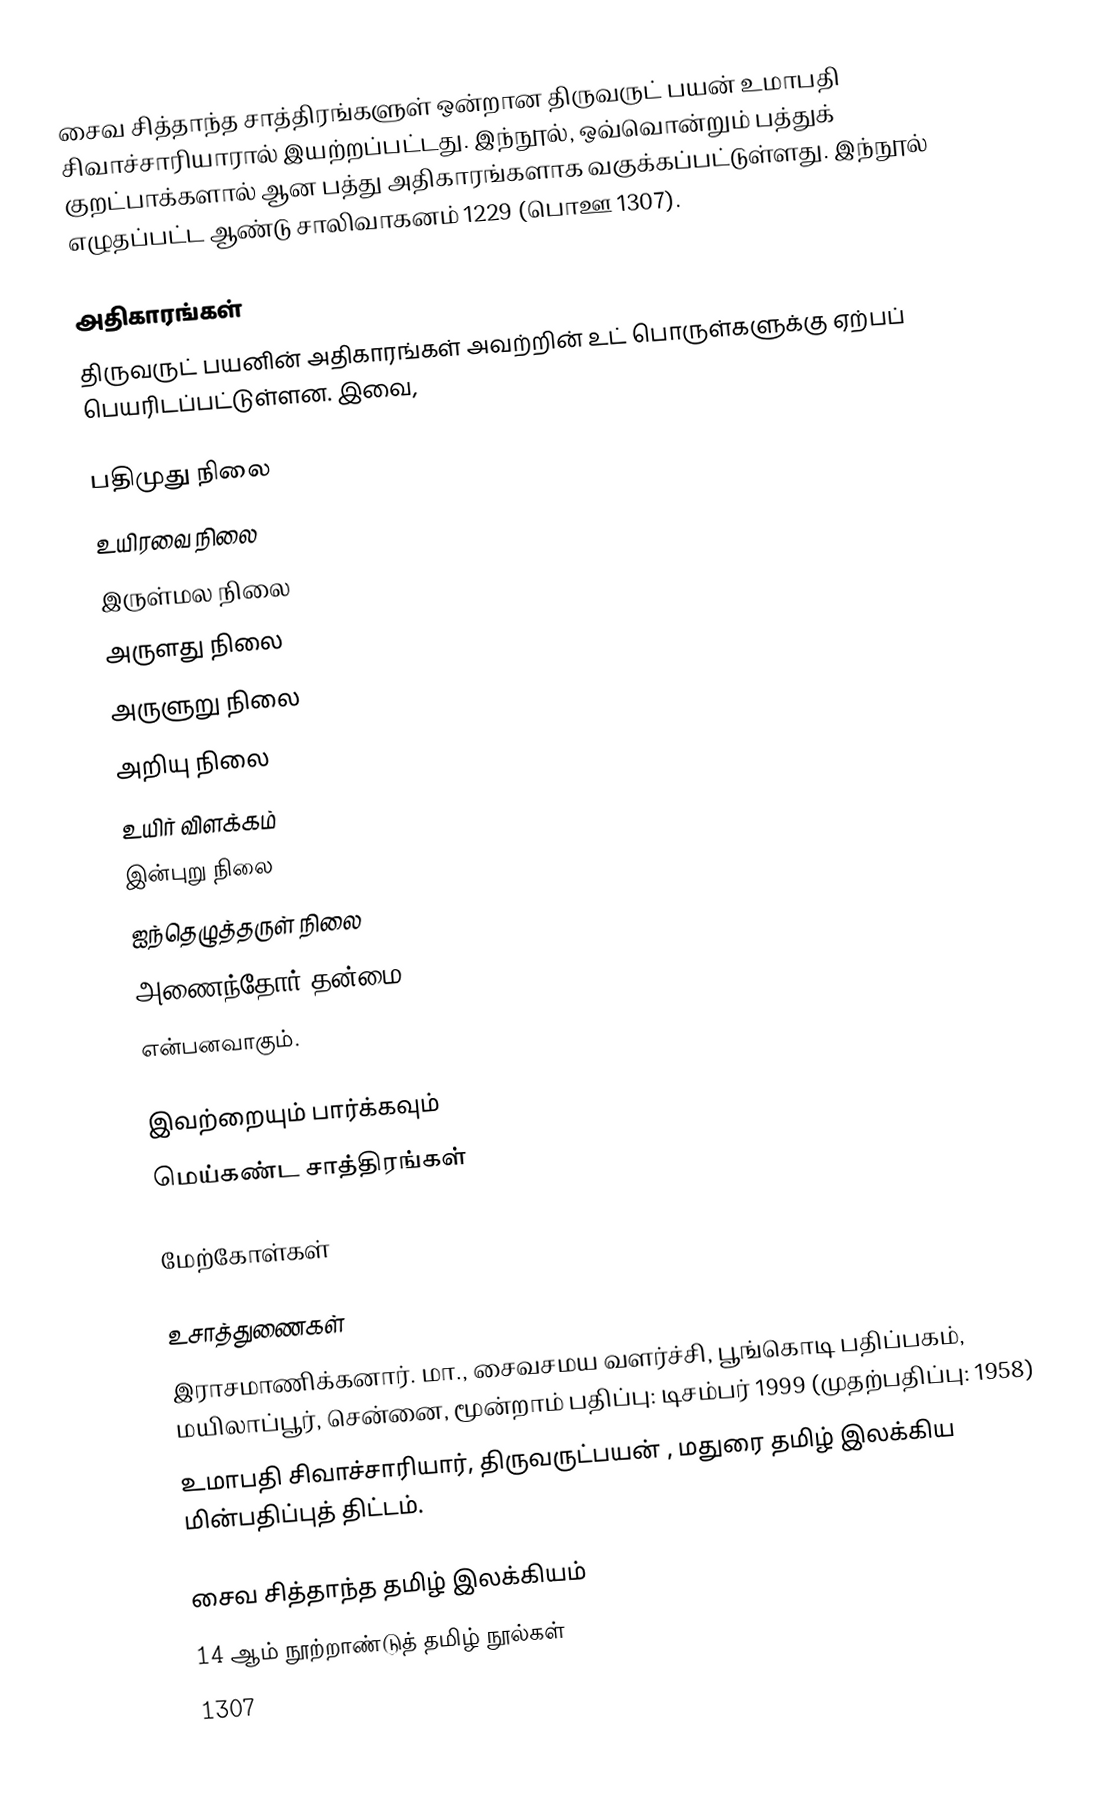
சைவ சித்தாந்த சாத்திரங்களுள் ஒன்றான திருவருட் பயன் உமாபதி சிவாச்சாரியாரால் இயற்றப்பட்டது. இந்நூல், ஒவ்வொன்றும் பத்துக் குறட்பாக்களால் ஆன பத்து அதிகாரங்களாக வகுக்கப்பட்டுள்ளது. இந்நூல் எழுதப்பட்ட ஆண்டு சாலிவாகனம் 1229 (பொஊ 1307).

அதிகாரங்கள்
திருவருட் பயனின் அதிகாரங்கள் அவற்றின் உட் பொருள்களுக்கு ஏற்பப் பெயரிடப்பட்டுள்ளன. இவை,

பதிமுது நிலை
 உயிரவை நிலை
 இருள்மல நிலை
 அருளது நிலை
 அருளுறு நிலை
 அறியு நிலை
 உயிர் விளக்கம்
 இன்புறு நிலை
 ஐந்தெழுத்தருள் நிலை
 அணைந்தோர் தன்மை
என்பனவாகும்.

இவற்றையும் பார்க்கவும்
 மெய்கண்ட சாத்திரங்கள்

மேற்கோள்கள்

உசாத்துணைகள்
 இராசமாணிக்கனார். மா., சைவசமய வளர்ச்சி, பூங்கொடி பதிப்பகம், மயிலாப்பூர், சென்னை, மூன்றாம் பதிப்பு: டிசம்பர் 1999 (முதற்பதிப்பு: 1958)
 உமாபதி சிவாச்சாரியார், திருவருட்பயன் , மதுரை தமிழ் இலக்கிய மின்பதிப்புத் திட்டம்.

சைவ சித்தாந்த தமிழ் இலக்கியம்
14 ஆம் நூற்றாண்டுத் தமிழ் நூல்கள்
1307